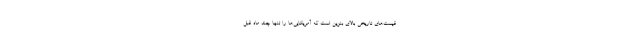
قیمت‌های تاریخی بالای بنزین است که آمریکایی‌ها را تنها چند ماه قبل